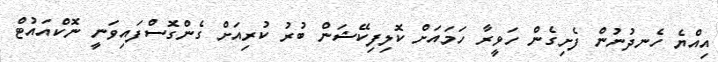
އިއްޔެ ހެނދުނުން ފެށިގެން ހަވީރާ ހަމައަށް ކޮލިފިކޭޝަން ބުރު ކުރިއަށް ގެންގޮސްފައިވަނީ ނޮކްއައުޓް